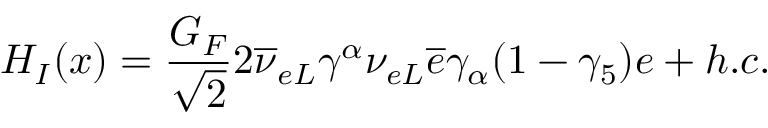
{ \cal H } _ { I } ( x ) = \frac { G _ { F } } { \sqrt { 2 } } 2 \overline { { { \nu } } } _ { { e } L } \gamma ^ { \alpha } \nu _ { { e } L } \overline { { { e } } } \gamma _ { \alpha } ( 1 - \gamma _ { 5 } ) e + h . c .